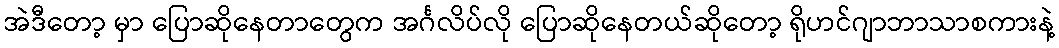
အဲဒီတော့ မှာ ပြောဆိုနေတာတွေက အင်္ဂလိပ်လို ပြောဆိုနေတယ်ဆိုတော့ ရိုဟင်ဂျာဘာသာစကားနဲ့